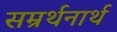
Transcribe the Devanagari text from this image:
सम्रर्थनार्थ